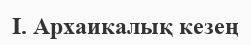
І. Архаикалық кезең